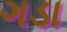
ગડા